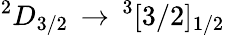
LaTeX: ^{2}D_{3/2}\, \rightarrow\, ^{3}[3/2]_{1/2}